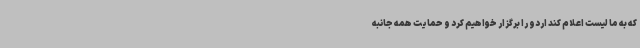
که به ما لیست اعلام کند اردو را برگزار خواهیم کرد و حمایت همه جانبه